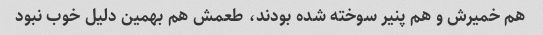
هم خمیرش و هم پنیر سوخته شده بودند، طعمش هم بهمین دلیل خوب نبود